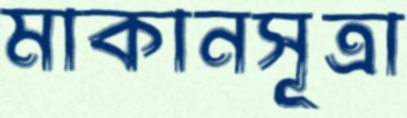
মাকানসূত্রা